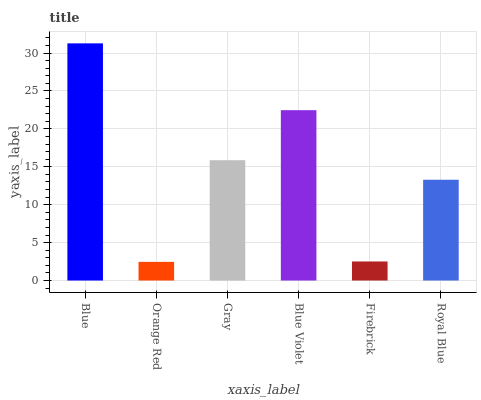
| xaxis_label | bars |
 | --- | --- |
 | Blue | 31.3 |
 | Orange Red | 2.46 |
 | Gray | 15.9 |
 | Blue Violet | 22.5 |
 | Firebrick | 2.51 |
 | Royal Blue | 13.3 |